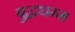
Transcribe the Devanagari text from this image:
बुद्धधम्म